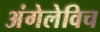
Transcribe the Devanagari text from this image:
अंगेलेविच